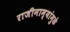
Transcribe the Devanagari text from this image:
राजीनाम्यांमुळे